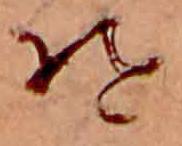
そ